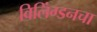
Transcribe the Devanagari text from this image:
विलिंग्डनचा